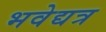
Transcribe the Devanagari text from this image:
भवेद्यत्र